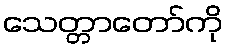
သေတ္တာတော်ကို